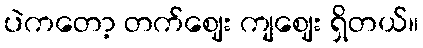
ပဲကတော့ တက်ဈေး ကျဈေး ရှိတယ်။